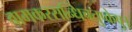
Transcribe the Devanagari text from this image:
वामकरसन्धिचतुष्केषु।